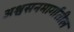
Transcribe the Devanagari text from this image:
अश्वसनमार्गातील